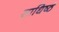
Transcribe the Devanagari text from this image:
साधिष्ठं